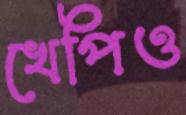
খেপিও